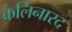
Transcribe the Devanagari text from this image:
कलिनारद